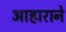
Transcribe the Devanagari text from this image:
आहाराने